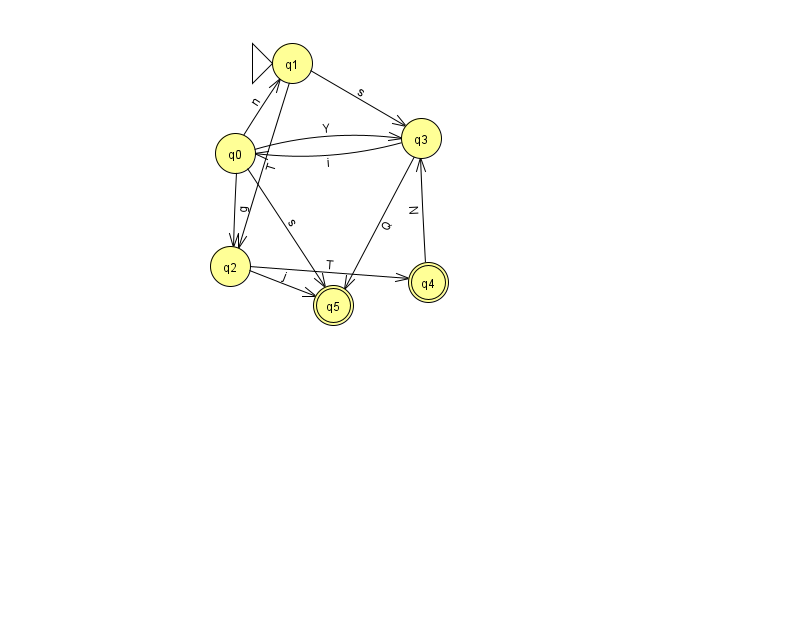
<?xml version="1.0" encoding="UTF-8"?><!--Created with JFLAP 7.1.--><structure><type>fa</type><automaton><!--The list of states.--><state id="0" name="q0"><x>235.0</x><y>140.0</y></state><state id="1" name="q1"><x>292.0</x><y>50.0</y><initial/></state><state id="2" name="q2"><x>230.0</x><y>253.0</y></state><state id="3" name="q3"><x>421.0</x><y>125.0</y></state><state id="4" name="q4"><x>428.0</x><y>269.0</y><final/></state><state id="5" name="q5"><x>333.0</x><y>292.0</y><final/></state><!--The list of transitions.--><transition><from>1</from><to>3</to><read>s</read></transition><transition><from>2</from><to>4</to><read>T</read></transition><transition><from>0</from><to>5</to><read>s</read></transition><transition><from>2</from><to>5</to><read>j</read></transition><transition><from>3</from><to>5</to><read>Q</read></transition><transition><from>4</from><to>3</to><read>N</read></transition><transition><from>0</from><to>3</to><read>Y</read></transition><transition><from>3</from><to>0</to><read>i</read></transition><transition><from>0</from><to>1</to><read>n</read></transition><transition><from>0</from><to>2</to><read>g</read></transition><transition><from>1</from><to>2</to><read>T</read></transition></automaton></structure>